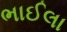
ભાઈલા